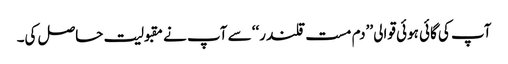
آپ کی گائی ہوئی قوالی ’’دم مست قلندر‘‘ سے آپ نے مقبولیت حاصل کی۔